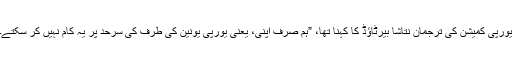
یورپی کمیشن کی ترجمان نتاشا بیرٹاؤڈ کا کہنا تھا، ”ہم صرف اپنی، یعنی یورپی یونین کی طرف کی سرحد پر یہ کام نہیں کر سکتے۔